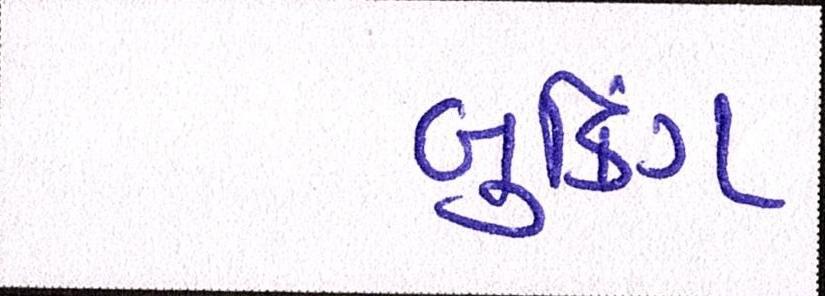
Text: બુકિંગ